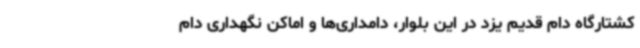
کشتارگاه دام قدیم یزد در این بلوار، دامداری‌ها و اماکن نگهداری دام